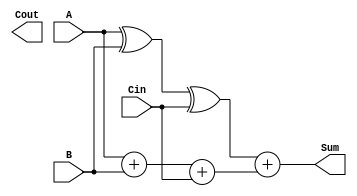
module Carry_Bypass_Adder (
    input wire [31:0] A, 
    input wire [31:0] B, 
    input wire Cin, 
    output wire [31:0] Sum, 
    output wire Cout 
);

wire [31:0] Sum_intermediate;
wire [31:0] Carry_propagate;
wire [31:0] Carry_generate;

assign {Carry_generate[0], Carry_propagate} = A + B + Cin;
assign Sum_intermediate = A ^ B ^ Cin;
assign Sum = Sum_intermediate + Carry_propagate;
assign Cout = Carry_generate[31];

endmodule